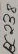
Text: BC238